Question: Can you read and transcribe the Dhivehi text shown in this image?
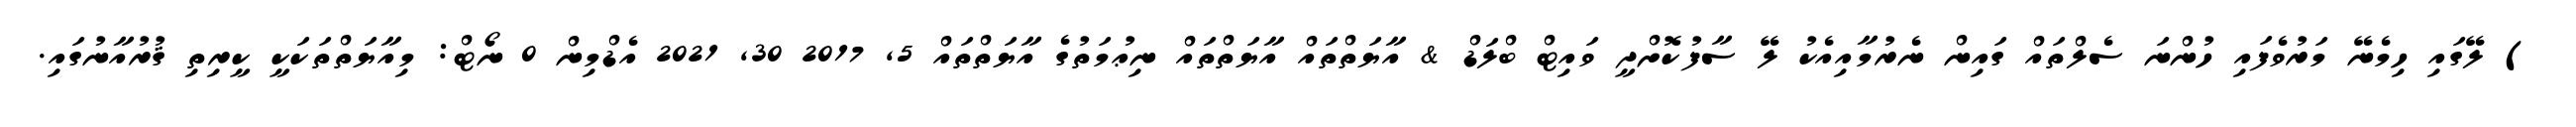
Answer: ) ލޭގައި ހިމެނޭ މަރުވެފައި ހުންނަ ސެލްތައް ގައިން ނެރުމާއިއެކު ލޭ ސާފުކޮށްދީ ވައިޓް ބްލަޑް & އާޔަތްތައް އާޔަތްތައް ނިޢުމަތުގެ އާޔަތްތައް 5, 2017 30, 2021 އެޑްމިން 0 ނޯޓް: މިއާޔަތްތަކަކީ ކީރިތި ޤުރުއާނުގައި.